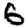
Digit: 6